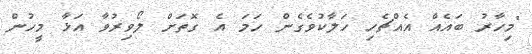
"މިހާރު ބައެއް އެއްޗެހި ހަލާކުވެގެން ހަމަ އެ ގޮތަށް ލޯވިރުވާ އަޅާ މީހުން